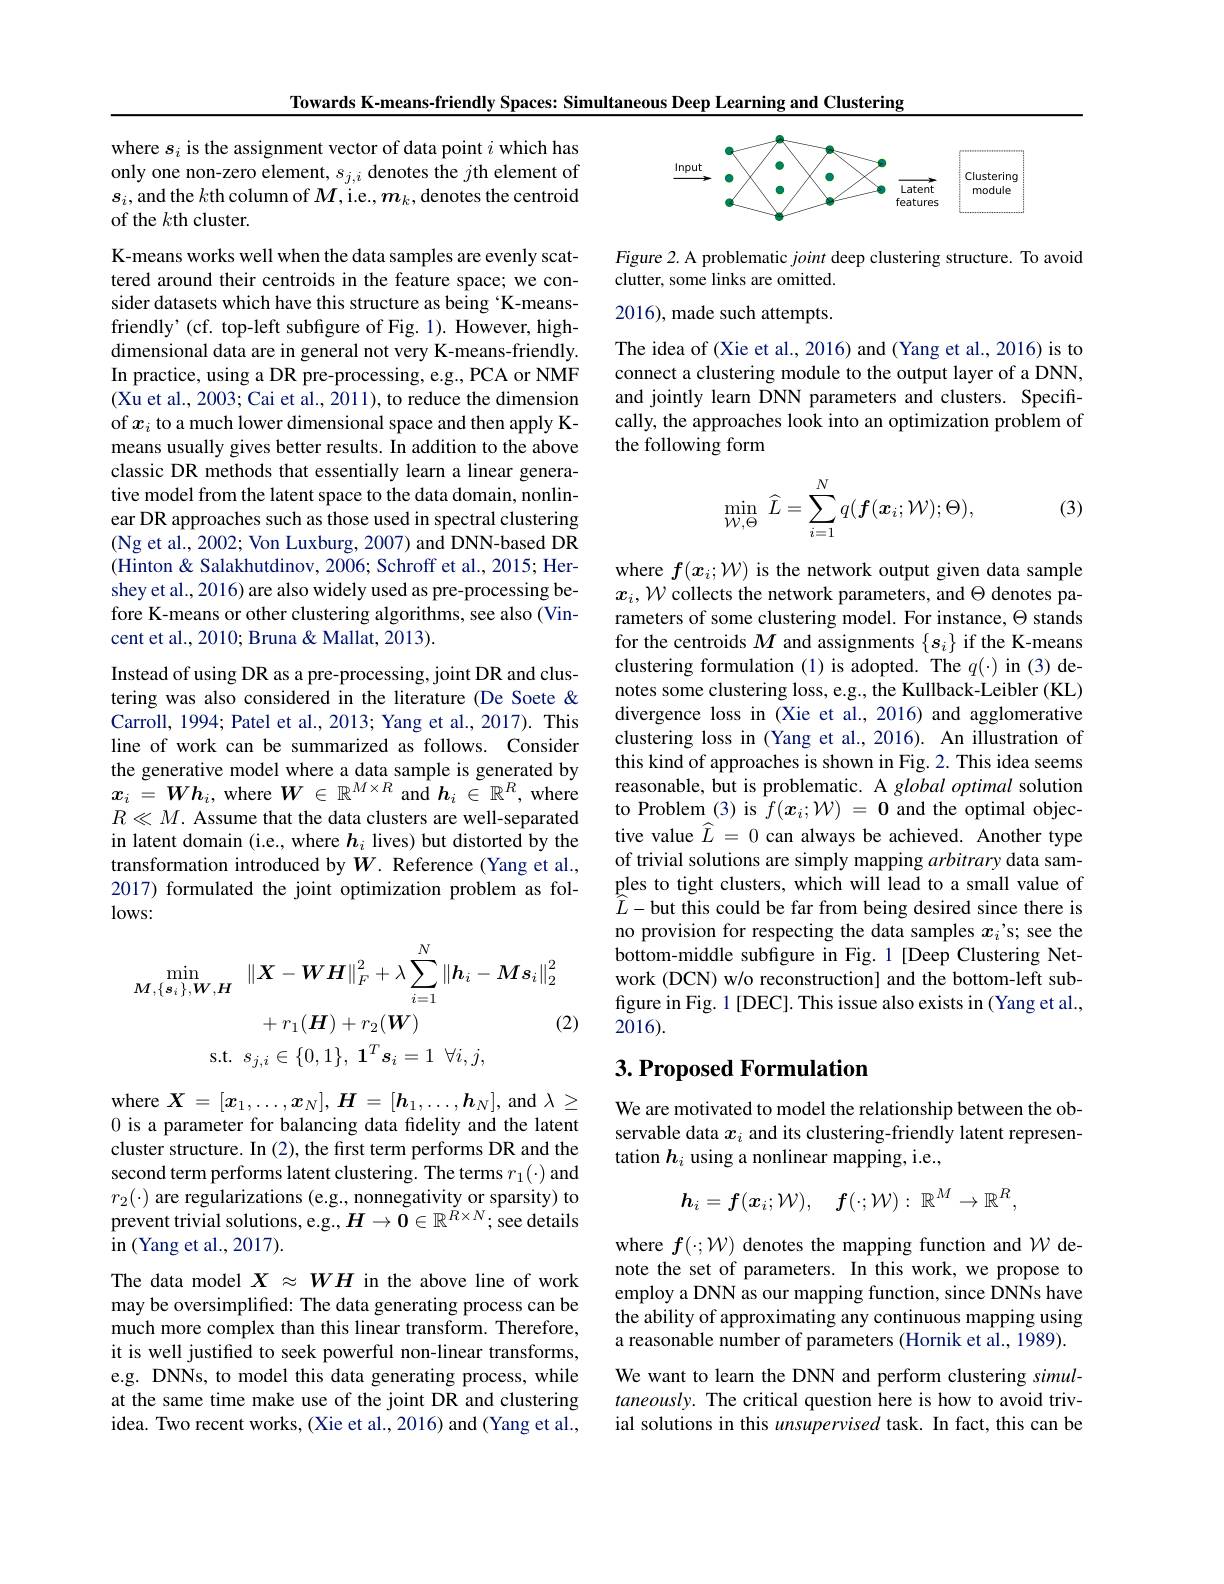
Towards K-means-friendly Spaces: Simultaneous Deep Learning and Clustering

where $s_i$ is the assignment vector of data point $i$ which has only one non-zero element, $s_j,i$ denotes the $j$th element of $s_i$,and the $k$th column of $M$,i.e., $m_k$,denotes the centroid of the $k$th cluster.

K-means works well when the data samples are evenly scattered around their centroids in the feature space; we consider datasets which have this structure as being K-meansfriendly' (cf. top-left subfigure of Fig. 1). However, highdimensional data are in general not very K-means-friendly. In practice, using a DR pre-processing, e.g., PCA or NMF (Xu et al., 2003; Cai et al., 2011), to reduce the dimension of $x_i$ to a much lower dimensional space and then apply Kmeans usually gives better results. In addition to the above classic DR methods that essentially learn a linear generative model from the latent space to the data domain, nonlinear DR approaches such as those used in spectral clustering (Ng et al., 2002; Von Luxburg, 2007) and DNN-based DR (Hinton & Salakhutdinov, 2006; Schroff et al., 2015; Hershey et al., 2016) are also widely used as pre-processing before K-means or other clustering algorithms, see also (Vincent et al., 2010; Bruna & Mallat, 2013).
Instead of using DR as a pre-processing, joint DR and clustering was also considered in the literature (De Soete & Carroll, 1994; Patel et al., 2013; Yang et al., 2017). This line of work can be summarized as follows. Consider the generative model where a data sample is generated by $x_i$ = $Wh_i$, where $W\in\mathbb{R}^M\times R$ and $\hat{h} _i$ $\in \mathbb{R} ^R$, where $R\ll M.$ Assume that the data clusters are well-separated in latent domain (i.e., where $h_i$ lives) but distorted by the transformation introduced by $W.$ Reference (Yang et al., 2017) formulated the joint optimization problem as fol- $lows:$
$$\begin{aligned}\min_{\boldsymbol{M},\{\boldsymbol{s}_{i}\},\boldsymbol{W},\boldsymbol{H}}&\left\|\boldsymbol{X}-\boldsymbol{W}\boldsymbol{H}\right\|_{F}^{2}+\lambda\sum_{i=1}^{N}\left\|\boldsymbol{h}_{i}-\boldsymbol{M}\boldsymbol{s}_{i}\right\|_{2}^{2}\\&+r_{1}(\boldsymbol{H})+r_{2}(\boldsymbol{W})&\text{(}\\\mathrm{s.t.}\:s_{j,i}\in\{0,1\},\:\mathbf{1}^{T}\boldsymbol{s}_{i}=1\:\forall i,j,\end{aligned}$$
where $X=[x_1,\ldots,x_N],\boldsymbol{H}=[\boldsymbol{h}_1,\ldots,\boldsymbol{h}_N]$, and $\lambda\geq$ 0 is a parameter for balancing data fidelity and the latent cluster structure. In (2), the first term performs DR and the second term performs latent clustering. The terms $r_1(\cdot)$ and $r_2(\cdot)$ are regularizations (e.g., nonnegativity or sparsity) to prevent trivial solutions, e.g., $H\to\tilde{\mathbf{0}}\in\mathbb{R}^{\dot{R}\times N};$ see details in (Yang et al., 2017).

The data model $X\approx WH$ in the above line of work may be oversimplified: The data generating process can be much more complex than this linear transform. Therefore, it is well justified to seek powerful non-linear transforms, e.g. DNNs, to model this data generating process, while at the same time make use of the joint DR and clustering idea. Two recent works, (Xie et al., 2016) and (Yang et al.,

<FigureHere>

Figure 2. A problematic joint deep clustering structure. To avoid
clutter, some links are omitted.

2016), made such attempts.

The idea of (Xie et al., 2016) and (Yang et al., 2016) is to connect a clustering module to the output layer of a DNN, and jointly learn DNN parameters and clusters. Specifically, the approaches look into an optimization problem of the following form
$$\min\limits_{\mathcal{W},\Theta}\:\widehat{L}=\sum\limits_{i=1}^{N}q(f(\boldsymbol{x}_{i};\mathcal{W});\Theta),$$
(3)

where $f(x_i;\mathcal{W})$ is the network output given data sample $x_i,\mathcal{W}$ collects the network parameters, and $\Theta$ denotes parameters of some clustering model. For instance, $\Theta$ stands for the centroids $M$ and assignments $\{s_i\}$ if the K-means clustering formulation (1) is adopted. The $q(\cdot)$ in (3)denotes some clustering loss, e.g., the Kullback-Leibler (KL) divergence loss in (Xie et al., 2016) and agglomerative clustering loss in (Yang et al., 2016). An illustration of this kind of approaches is shown in Fig. 2. This idea seems reasonable, but is problematic. A global optimal solution to Problem (3) is $f(\boldsymbol x_i;\mathcal{W})=\mathbf{0}$ and the optimal objective value $\widehat{L}=0$ can always be achieved. Another type of trivial solutions are simply mapping arbitrary data samples to tight clusters, which will lead to a small value of $\hat{L}-$but this could be far from being desired since there is no provision for respecting the data samples $x_i’$s; see the bottom-middle subfigure in Fig.1[Deep Clustering Network (DCN) w/o reconstruction] and the bottom-left subfigure in Fig. 1 [DEC]. This issue also exists in (Yang et al., 2016).

# 3. Proposed Formulation

We are motivated to model the relationship between the observable data $x_i$ and its clustering-friendly latent representation $h_i$ using a nonlinear mapping, i.e.,
$$\boldsymbol{h}_i=\boldsymbol{f}(\boldsymbol{x}_i;\mathcal{W}),\quad\boldsymbol{f}(\cdot;\mathcal{W}):\:\mathbb{R}^M\to\mathbb{R}^R,$$
where $f(\cdot;\mathcal{W})$ denotes the mapping function and $\mathcal{W}$ denote the set of parameters. In this work, we propose to employ a DNN as our mapping function, since DNNs have the ability of approximating any continuous mapping using a reasonable number of parameters (Hornik et al., 1989). We want to learn the DNN and perform clustering simultaneously. The critical question here is how to avoid trivial solutions in this unsupervised task. In fact, this can be